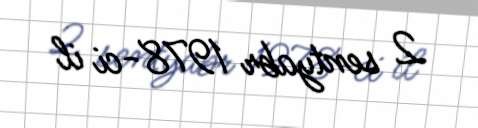
2 sentyabr 1978-ci il